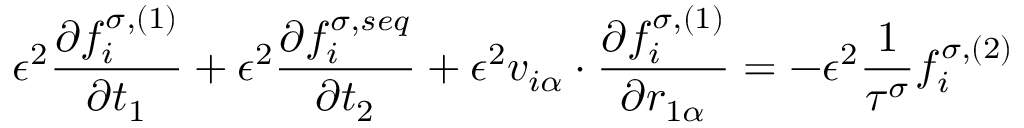
\epsilon ^ { 2 } \frac { \partial f _ { i } ^ { \sigma , ( 1 ) } } { \partial t _ { 1 } } + \epsilon ^ { 2 } \frac { \partial f _ { i } ^ { \sigma , s e q } } { \partial t _ { 2 } } + \epsilon ^ { 2 } v _ { i \alpha } \cdot \frac { \partial f _ { i } ^ { \sigma , ( 1 ) } } { \partial r _ { 1 \alpha } } = - \epsilon ^ { 2 } \frac { 1 } { \tau ^ { \sigma } } f _ { i } ^ { \sigma , ( 2 ) }